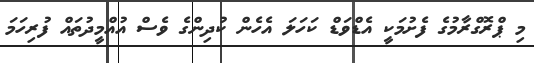
މި ޕްރޮގްރާމުގެ ފެށުމަކީ އެޑްވަޑް ކަހަލަ އެހެން ކުދިންގެ ވެސް އުއްމީދުތައް ފުރިހަމަ